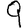
Digit: 9